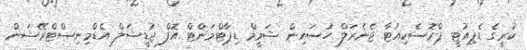
ކުރީގެ ޑެޕިއުޓީ ޕްރޮސެކިއުޓާ ޖެނެރަލް ހުސައިން ޝަމީމް ޑިޕާޓްމަންޓް އޮފް ޖުޑީޝަލް އެޑްމިނިސްޓްރޭޝަން